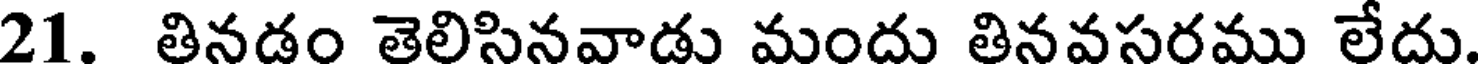
21. తినడం తెలిసినవాడు మందు తినవసరము లేదు